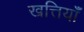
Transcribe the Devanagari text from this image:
खत्तियॉं